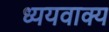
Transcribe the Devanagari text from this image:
ध्ययवाक्य